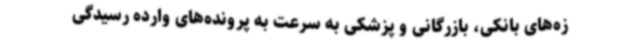
زه‌های بانکی، بازرگانی و پزشکی به سرعت به پرونده‌های وارده رسیدگی